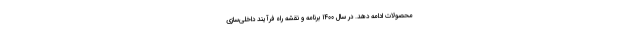
محصولات ادامه دهد. در سال ۱۴۰۰ برنامه و نقشه راه فرآیند داخلی‌سازی